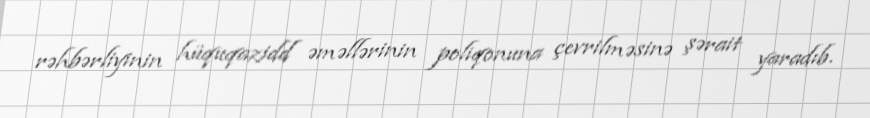
rəhbərliyinin hüquqazidd əməllərinin poliqonuna çevrilməsinə şərait yaradıb.